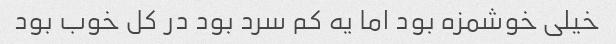
خیلی خوشمزه بود اما یه کم سرد بود در کل خوب بود